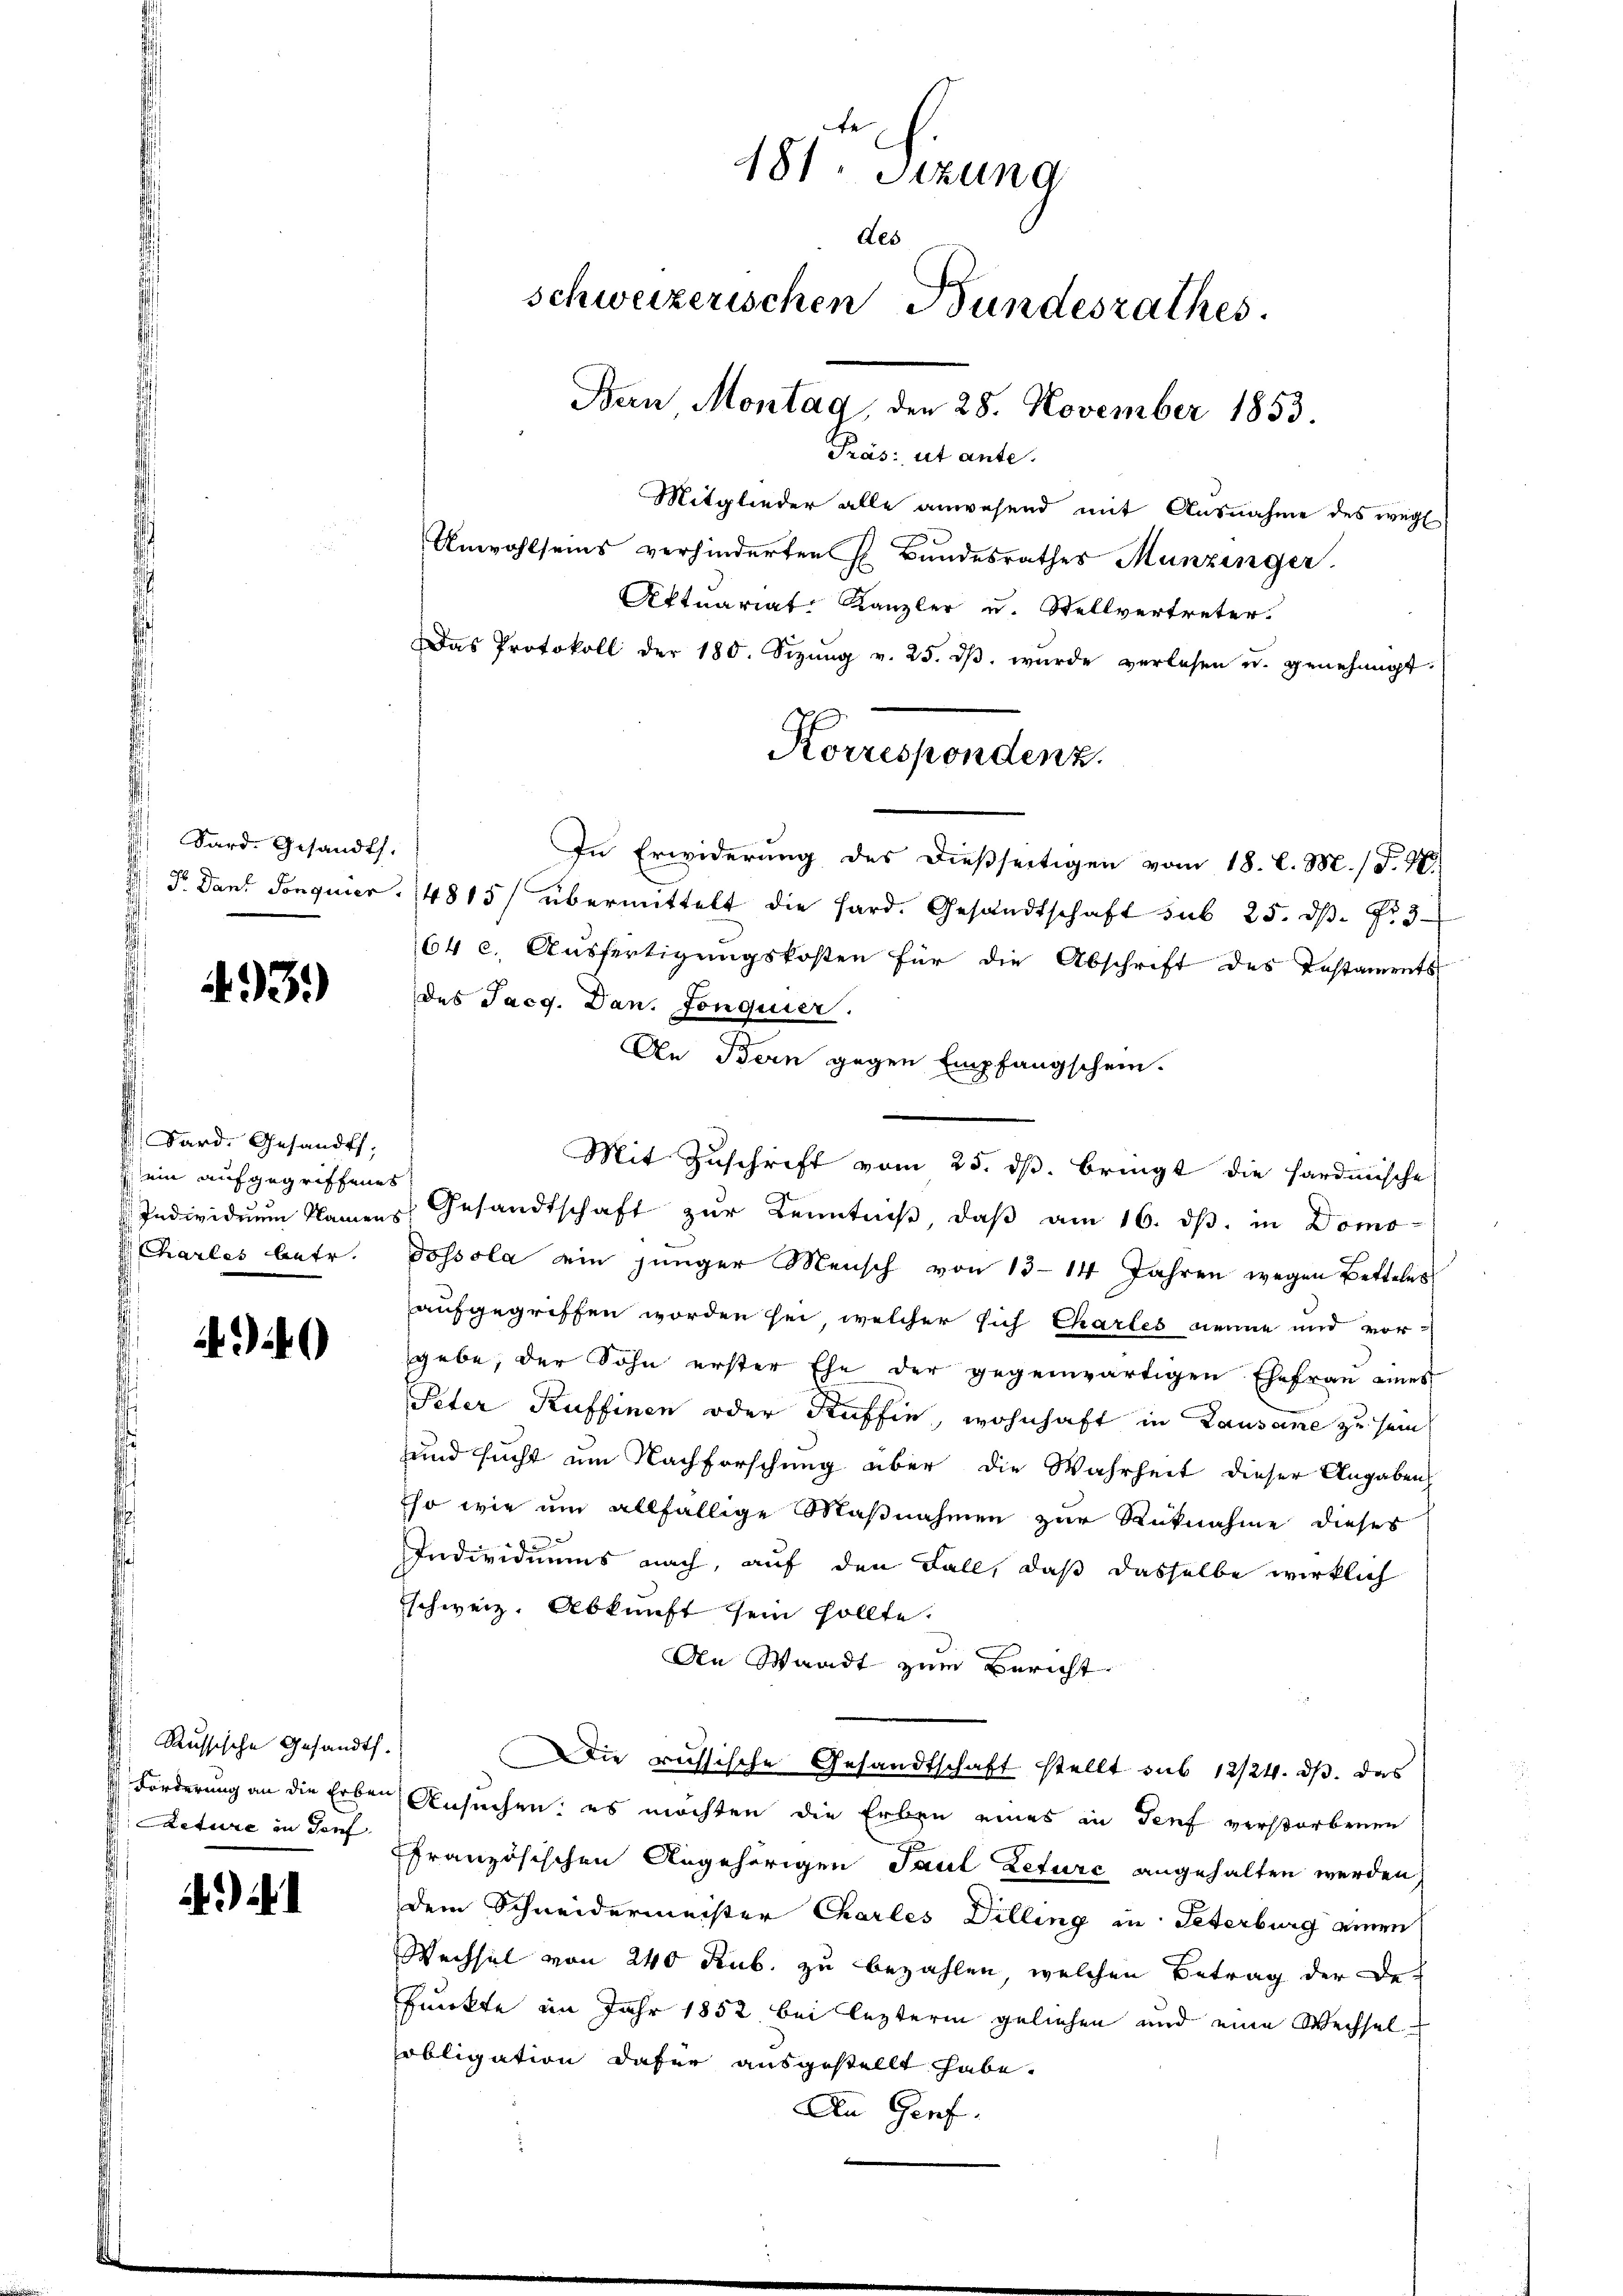
Sard. Gesandts
¬

43.)

Bard. Gesandts
Dein aufgegriffenes

)

Russische Gesandts.
Liture in Dorf

Unwohlseins verhinderten H. Bundesrathes Munzinger.
Aktuariat Kanzler u. Stellvertreter.
Das Protokoll der 180. Sizŭng v. 25. dβ wŭrde verlesen u. genehmigt.
In Erwiderung des dießseitigen vom 18. l. M. (T. 4.)
F. Dans Sonquier, 4815 übermittelt die Hard. Gesandtschaft sub 25. dβ. Fr. 3
64 c. Ausfertigungskosten für die Abschrift des Testaments
des Jacg. Dan. Jonquier.
An Bern gegen Empfangschein.
Mit Zuschrift vom 25. dß. bringt die Hardmische
 Individuum Namens Gesandtschaft zur Kenntniß, daß am 16. ds. in Domo-
harles betr. Dossola ein jünger Mensch von 13–14 Jahren wegen Betteles
aufgegriffen worden sei, welcher sich Chartes nenne und vorsgebe, der Sohn erster Ehe der gegenwärtigen Ehefrau eines
Peter Kuffinen oder Kaffen, wohnhaft in Lausane zu sein
und sucht um Nachforschung aber die Wahrheit dieser Angaben
so wie um allfällige Maßnahmen zur Rücknahme dieses
Individuums nach, auf den Fall, daß dasselbe wirklich
Eschweiz. Abkunft sein sollte.
An Waadt zum Bericht
Die russische Gesandtschaft stellt sub 12/24. ds. das
Forderung an die Erben Ansuchen: es möchten die Erben eines in Genf verstorbenen
ffranzösischen Angehörigen Paul Leturc angehalten werden,
dem Schneidermeister Charles Dilling in Peterburg einen
Wechsel von 240 Kub. zu bezahlen, welchen Betrag der De¬
Punkte im Jahr 1852 bei lezterm geliehen und eine Wechselsobligation dafür ausgestellt habe.
An Genf.
i
d

181. Sitzung
des
schweizerischen Bundesrathes.
Bern Montag, den 28. November 1853.
Präs: ut ante.
Mitglieder alle anwesend mit Ausnahme des wegl

Korrespondenz.